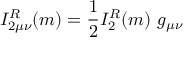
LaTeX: I _ { 2 \mu \nu } ^ { R } ( m ) = \frac { 1 } { 2 } I _ { 2 } ^ { R } ( m ) \ g _ { \mu \nu }